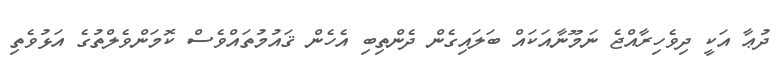
ދުޢާ އަކީ ދިވެހިރާއްޖެ ނަމޫނާއަކައް ބަލައިގެން ދެންތިބި އެހެން ޤައުމުތައްވެސް ކޮމަންވެލްތުގެ އަޅުވެތި